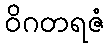
ဝိဂတရဇံ